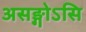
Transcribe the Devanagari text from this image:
असङ्गोऽसि